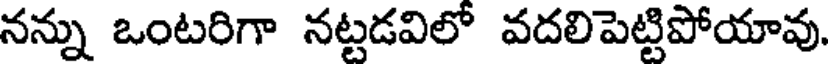
నన్ను ఒంటరిగా నట్టడవిలో వదలిపెట్టిపోయావు.